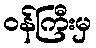
ဝန်ကြီးမှ